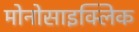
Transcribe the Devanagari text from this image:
मोनोसाइक्लिक